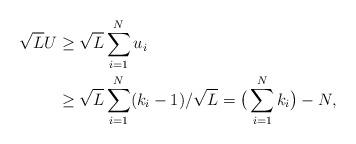
LaTeX: \begin{align*}\sqrt{L}U & \geq\sqrt{L} \sum_{i=1}^{N} u_i \\& \geq\sqrt{L} \sum_{i=1}^{N} (k_i-1)/\sqrt{L}=\big(\sum_{i=1}^{N} k_i\big)-N,\end{align*}